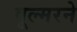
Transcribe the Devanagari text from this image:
वूल्मरने